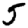
Digit: 5